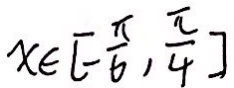
x \in [ - \frac { \pi } { 6 } , \frac { \pi } { 4 } ]